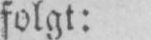
folgt: